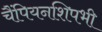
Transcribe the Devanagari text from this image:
चैंपियनशिपभी